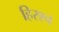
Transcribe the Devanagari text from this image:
हिरश्च